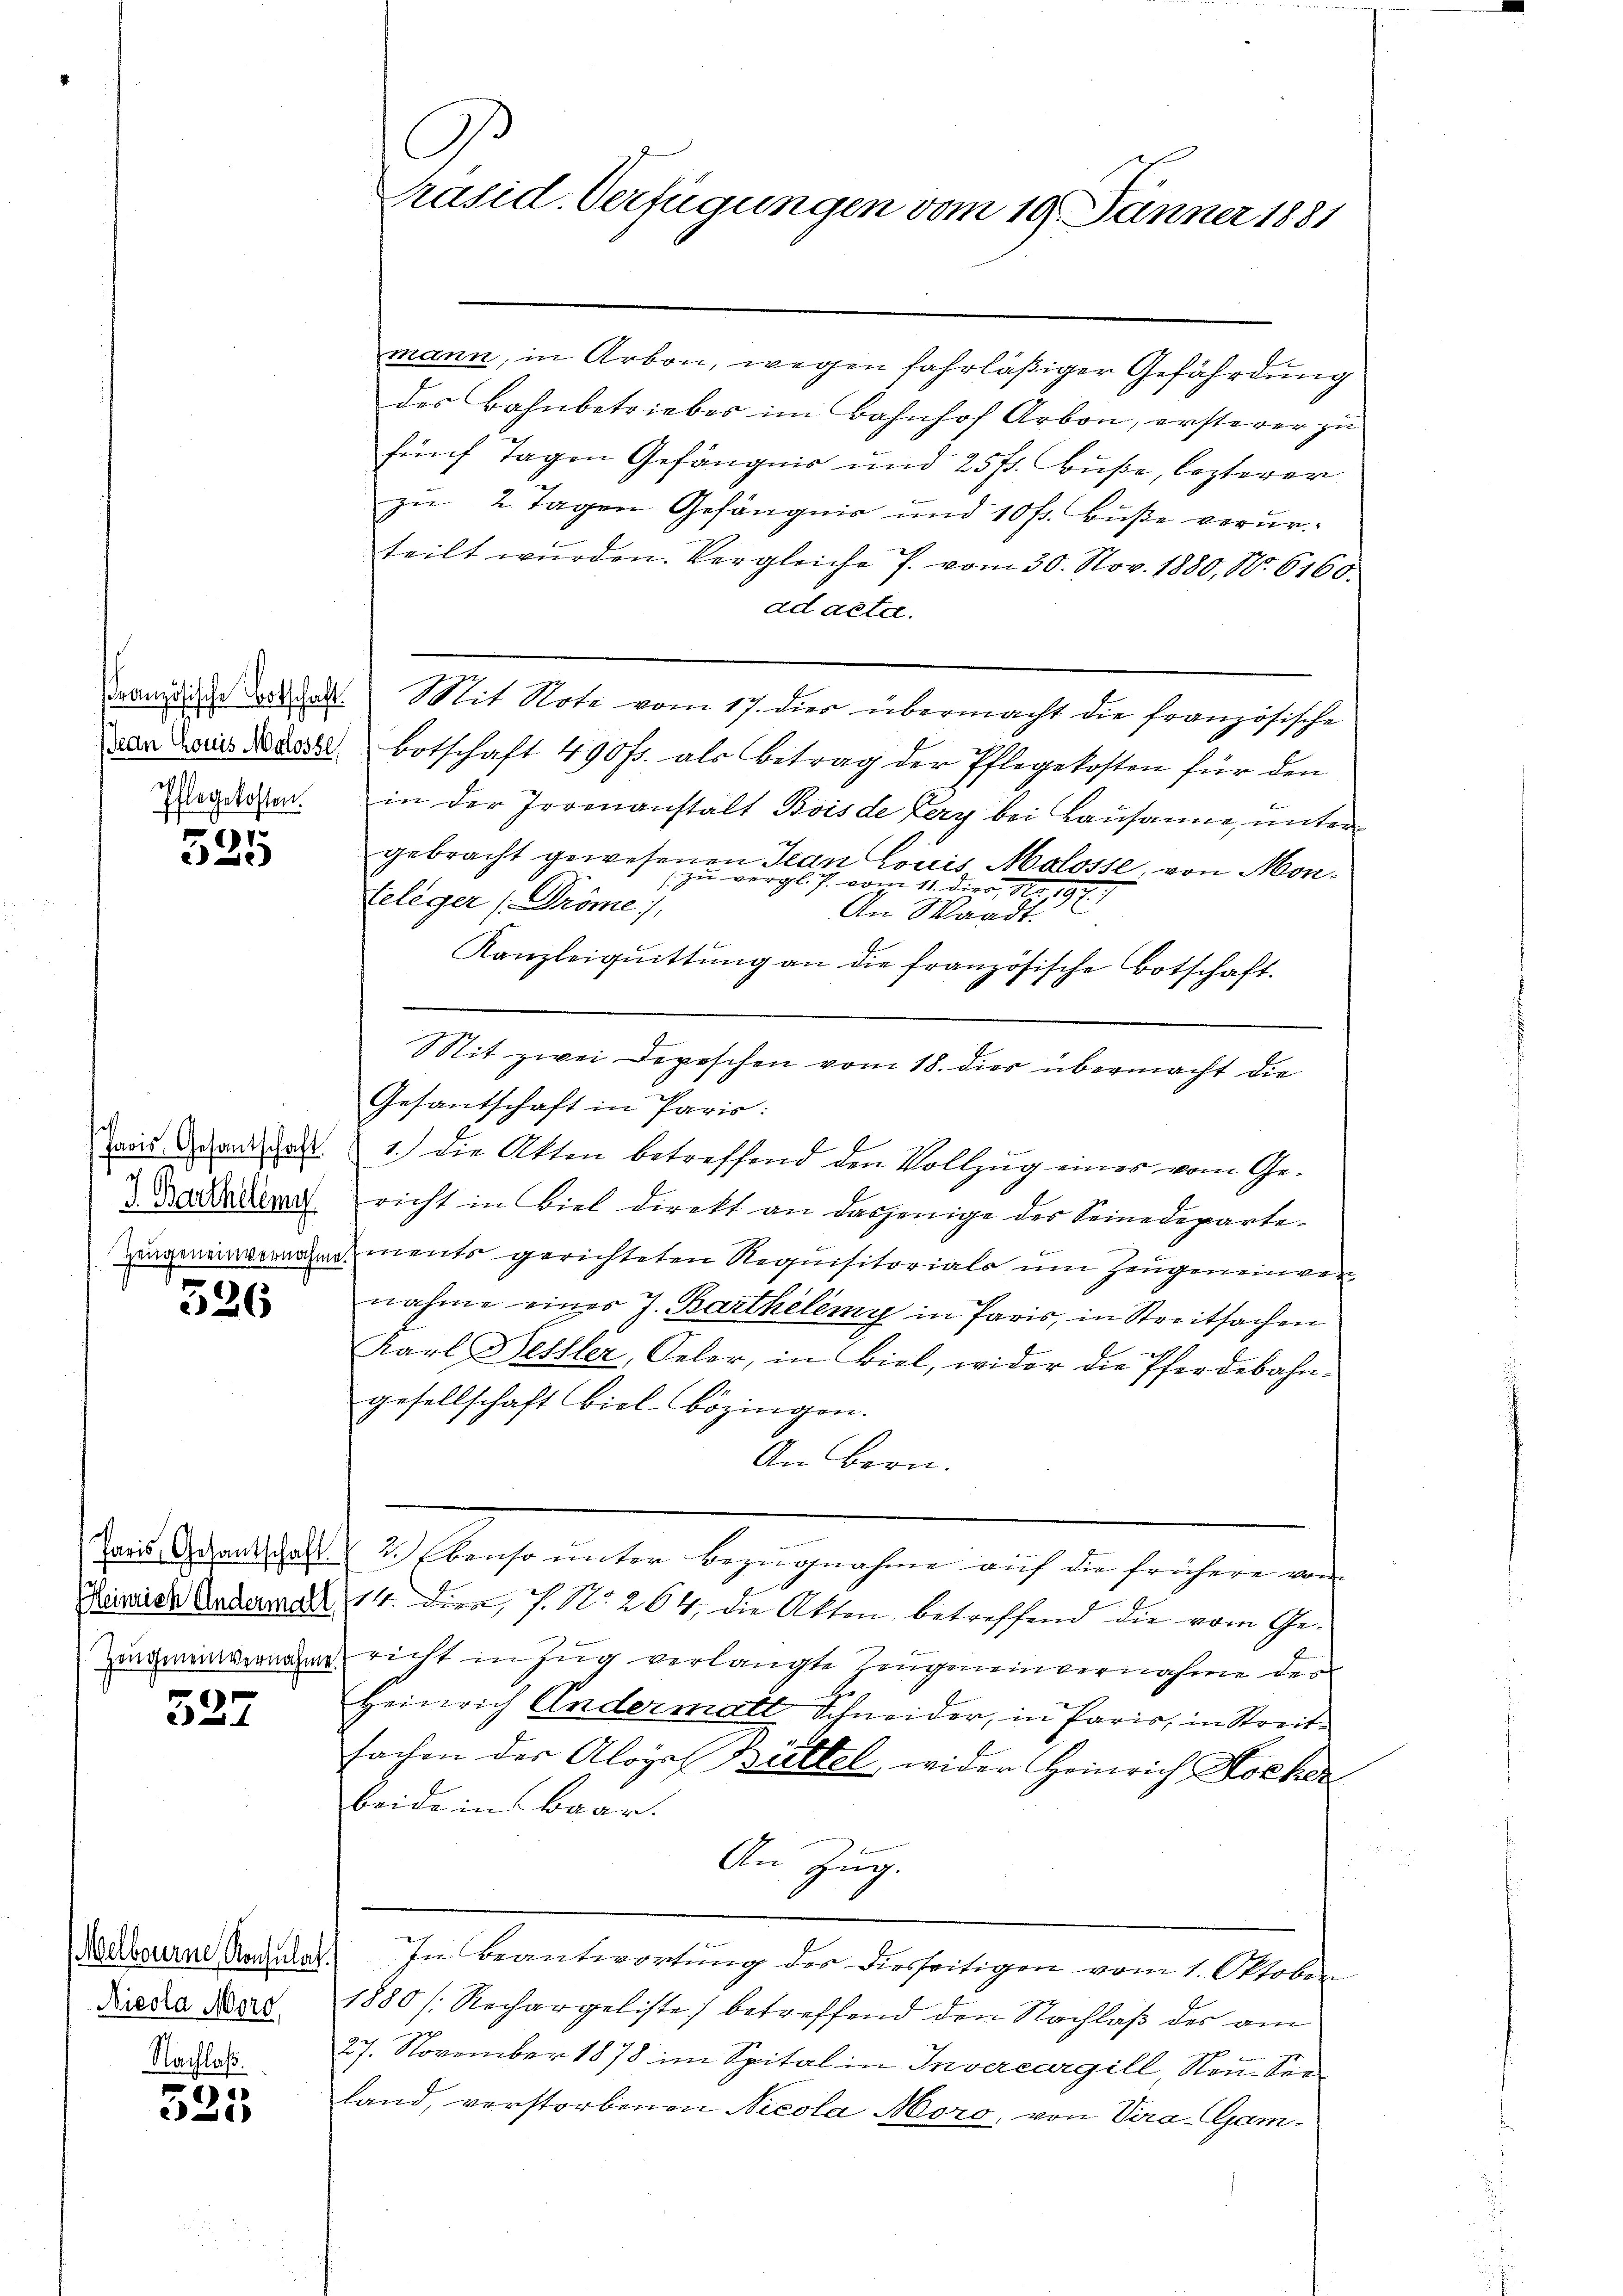
Phlegekosten.

525

Paris Gesamtschaft.
J. Barthelemy
Zeugeneinvernahme

326

Heinrich Andermall
Zeugeneinvernahme.

r
à 4

(Melbourne Konsulat
Nicola Mord,
Nachlaß.

523

mann, in Arbon, wegen fahrläßiger Gefährdung
des Bahnbetriebes im Bahnhof Arbon, ersterer zu
fünf Tagen Gefängnis und 25fr. Buße, lezterer
zu 2 Tagen Gefängnis und 10 fr. Buße verurteilt wurden. Vergleiche P. vom 30. Nov. 1880, No. 6160.
ad acta.
Brandiger dasselt. Mit Note vom 17. dies übermacht die französische
der Daus derat Botschaft 490 fr. als Betrag der Pflegekosten für den
in der Irrenanstalt Bois de Fery bei Lausanne, untergebracht gewesenen Jean Louis Malosse, von Mon¬
 zu verglich vom 11. dies, No. 197.
Teleger (Pröme
An Waadt.
Kanzleiqŭittŭng an die französische Botschaft.
Sit zwei Depeschen vom 18. dies übermacht die
Gesantschaft in Paris:
1.) Die Akten betreffend den Vollzug eines vom Gericht in Biel direkt an dasjenige des Seinedeparte¬
Zements gerichteten Requisitorials um Zeugeneinvernahme einer J. Barthelemy in Paris, in Streitsachen
Karl Hessler, Oeler, in Biel, wider die Pferdebahngesellschaft biel-Bozingen.
An Bern.
Paris Gesandtschaft 2. Ebenso unter Bezugnahme auf die frühere von
14. dies, P. Nr. 264, die Akten betreffend die vom Gericht in Zug verlangte Zeugemeinvernahme des
Heinrich Andermatt Schneider, in Paris, in Streitsachen der Aloyal Brettel, wider Heinrich Hocher
beide in Baar.
An Zug.
In Beantwortŭng des diesseitigen vom 1. Oktober
1880 [Rechargeliste betreffend den Nachlaß des am
27. November 1878 im Spital in Invercargill, von Sen
land, verstorbenen Nicola Moro, von Pira Gam¬

C
Präsid. Verfügungen vom 19. Jänner 1881